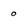
Character: 0